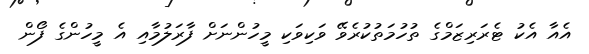
އެއާ އެކު ޓެރަރިޒަމްގެ ތުހުމަތުކުރެވޭ ވަކިވަކި މީހުންނަށް ފާރަލުމާއި އެ މީހުންގެ ފޯން